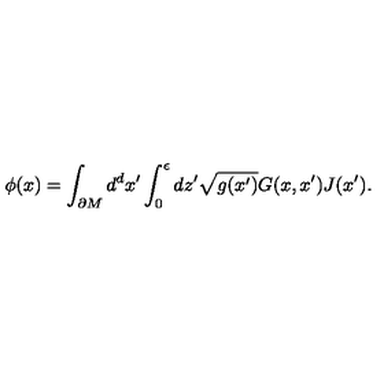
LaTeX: \phi ( x ) = \int _ { \partial M } d ^ { d } x ^ { \prime } \int _ { 0 } ^ { \epsilon } d z ^ { \prime } \sqrt { g ( x ^ { \prime } ) } G ( x , x ^ { \prime } ) J ( x ^ { \prime } ) .